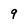
Character: 9